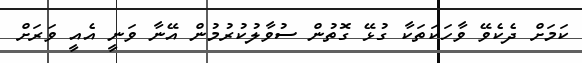
ކަމަށް ދެކެވޭ ވާހަކަތަކާ ގުޅޭ ގޮތުން ސުވާލުކުރުމުން އޭނާ ވަނީ އެއީ ވަރަށް